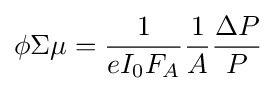
\phi \Sigma \mu ={\frac {1}{eI_{0}F_{A}}}{\frac {1}{A}}{\frac {\Delta P}{P}}